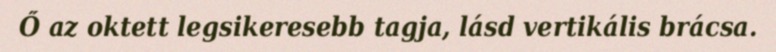
Ő az oktett legsikeresebb tagja, lásd vertikális brácsa.